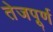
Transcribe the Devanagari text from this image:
तेजपूर्ण